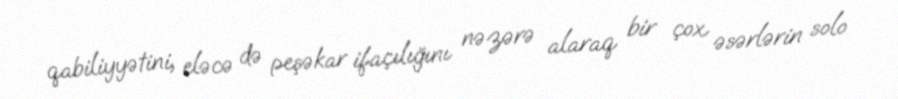
qabiliyyətini, eləcə də peşəkar ifaçılığını nəzərə alaraq bir çox əsərlərin solo